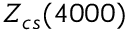
Z _ { c s } ( 4 0 0 0 )